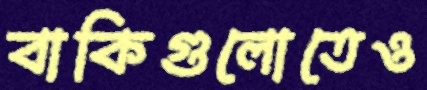
বাকিগুলোতেও